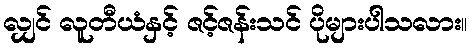
လျှင် လူတီယံနှင့် ဇင့်ဇန်းသင် ပိုများပါသလား။